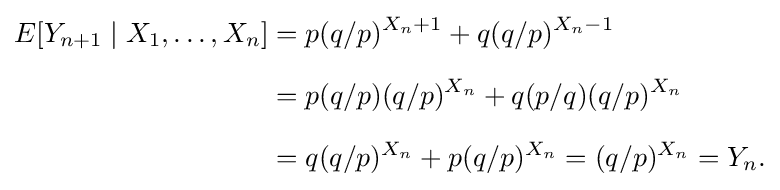
{\begin{aligned}E[Y_{n+1}\mid X_{1},\dots ,X_{n}]&=p(q/p)^{X_{n}+1}+q(q/p)^{X_{n}-1}\\[6pt]&=p(q/p)(q/p)^{X_{n}}+q(p/q)(q/p)^{X_{n}}\\[6pt]&=q(q/p)^{X_{n}}+p(q/p)^{X_{n}}=(q/p)^{X_{n}}=Y_{n}.\end{aligned}}